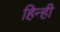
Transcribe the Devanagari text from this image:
हिन्ही